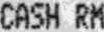
CASH RM